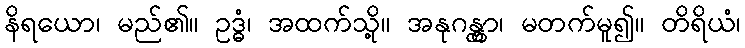
နိရယော၊ မည်၏။ ဥဒ္ဓံ၊ အထက်သို့။ အနုဂန္တွာ၊ မတက်မူ၍။ တိရိယံ၊